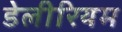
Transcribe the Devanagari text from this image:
डेलीरियम